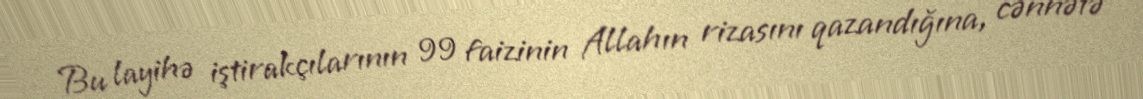
Bu layihə iştirakçılarının 99 faizinin Allahın rizasını qazandığına, cənnətə